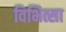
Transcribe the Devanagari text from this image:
विभित्सा